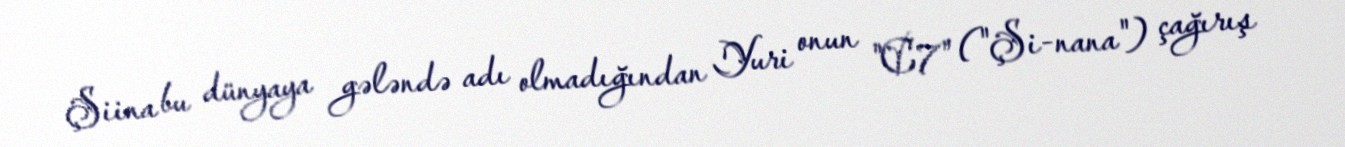
Şiina bu dünyaya gələndə adı olmadığından Yuri onun "C7" ("Şi-nana") çağırış